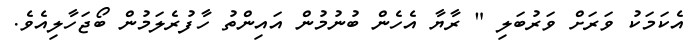
އެކަމަކު ވަރަށް ވަރުބަލި " ރާޔާ އެހެން ބުނުމުން އައިންތު ހާފުރެލަމުން ބޯޖަހާލިއެވެ.